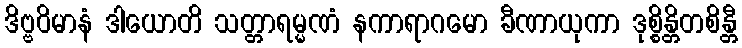
ဒိဗ္ဗဝိမာနံ ဒါယောတိ သတ္တာရမ္မဏံ နကာရာဂမော ခီဏာယုကာ ဒုစ္စိန္တိတစိန္တီ